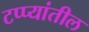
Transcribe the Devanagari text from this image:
टप्प्यांतील